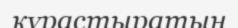
құрастыратын